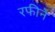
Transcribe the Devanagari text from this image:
रफीने